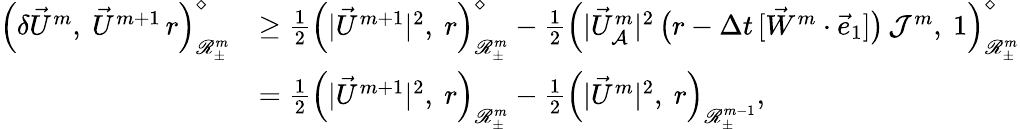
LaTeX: \begin{array}{rl}{\Bigl(\delta\vec{U}^{m},~\vec{U}^{m+1}\, r\Bigr)_{\mathscr{R}_{\pm}^{m}}^{\diamond}}&{\geq\frac{1}{2}\Bigl(|\vec{U}^{m+1}|^{2},~r\Bigr)_{\mathscr{R}_{\pm}^{m}}^{\diamond}-\frac{1}{2}\Bigl(|\vec{U}_{\mathcal{A}}^{m}|^{2}\, \bigl(r-\Delta t\, [\vec{W}^{m}\cdot\vec{e}_{1}]\bigr)\, \mathcal{J}^{m},~1\Bigr)_{\mathscr{R}_{\pm}^{m}}^{\diamond}}\\ &{=\frac{1}{2}\Bigl(|\vec{U}^{m+1}|^{2},~r\Bigr)_{\mathscr{R}_{\pm}^{m}}-\frac{1}{2}\Bigl(|\vec{U}^{m}|^{2},~r\Bigr)_{\mathscr{R}_{\pm}^{m-1}},}\end{array}